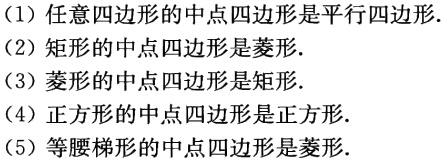
（1）任意四边形的中点四边形是平行四边形.

（2）矩形的中点四边形是菱形.

（3）菱形的中点四边形是矩形.

（4）正方形的中点四边形是正方形.

（5）等腰梯形的中点四边形是菱形.